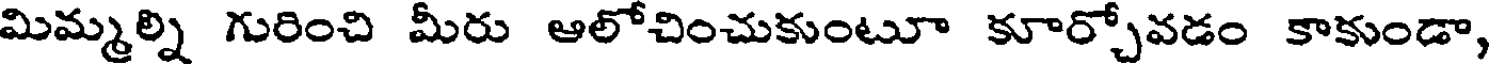
మిమ్మల్ని గురించి మీరు ఆలోచించుకుంటూ కూర్చోవడం కాకుండా,